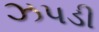
ઝપડી